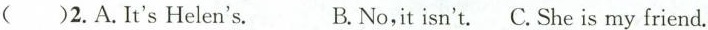
()2. A. It's Helen's. B.No,it isn't. C.She is my friend.